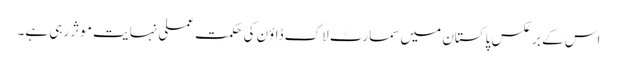
اس کے برعکس پاکستان میں سمارٹ لاک ڈاؤن کی حکمت عملی نہایت موثر رہی ہے۔